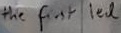
Text: the first led